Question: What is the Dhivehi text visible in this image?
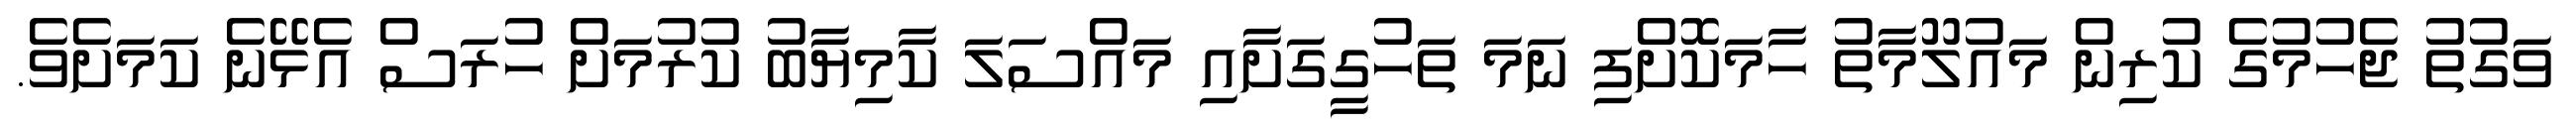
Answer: ވަގުތު ޖެހުމުގެ ކުރިން މައުލޫމާތު ހާމަކޮށްފި ނަމަ ތަހުގީގަށާއި މައްސަލަ ކާމިޔާބު ކުރުމަށް ހުރަސް އެޅޭނެ ކަމަށެވެ.